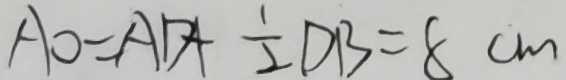
A O = A D + \frac { 1 } { 2 } D B = 8 c m